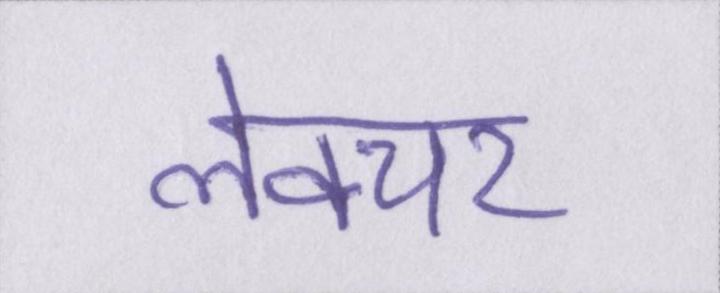
लेक्चर